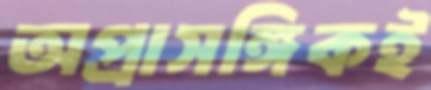
অপ্রাসঙ্গিকই